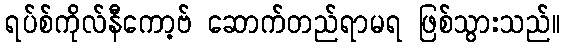
ရပ်စ်ကိုလ်နီကော့ဗ် ဆောက်တည်ရာမရ ဖြစ်သွားသည်။